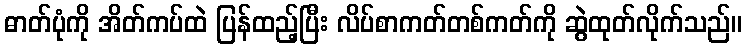
ဓာတ်ပုံကို အိတ်ကပ်ထဲ ပြန်ထည့်ပြီး လိပ်စာကတ်တစ်ကတ်ကို ဆွဲထုတ်လိုက်သည်။